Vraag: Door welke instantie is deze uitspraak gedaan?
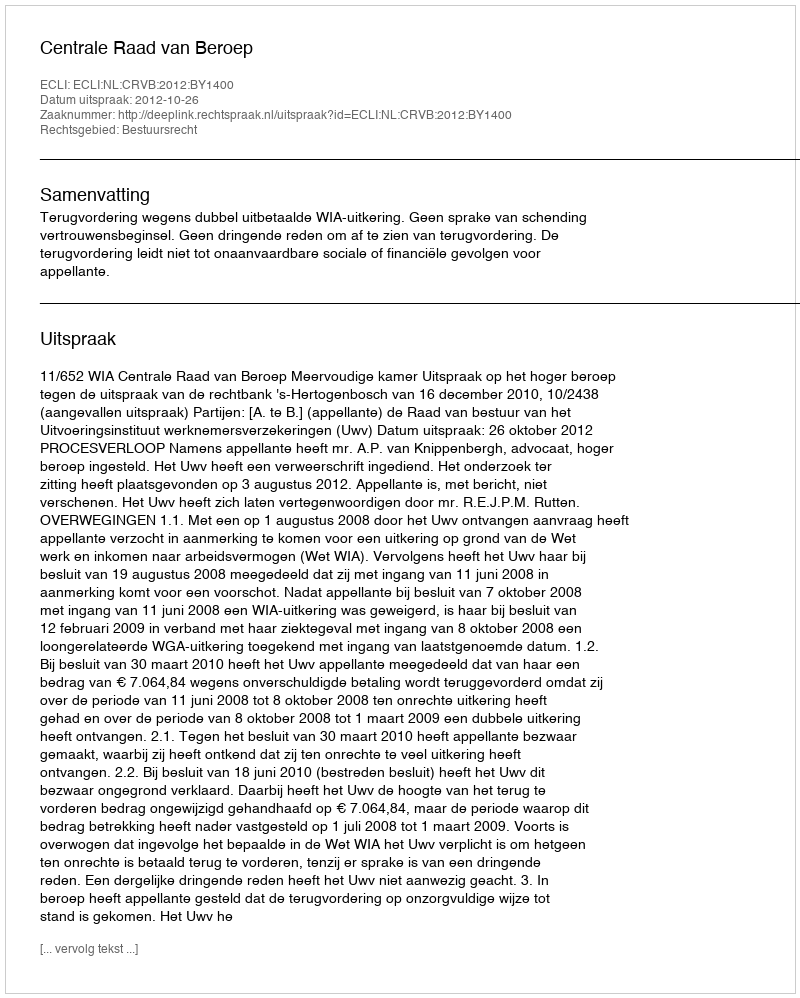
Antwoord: Centrale Raad van Beroep